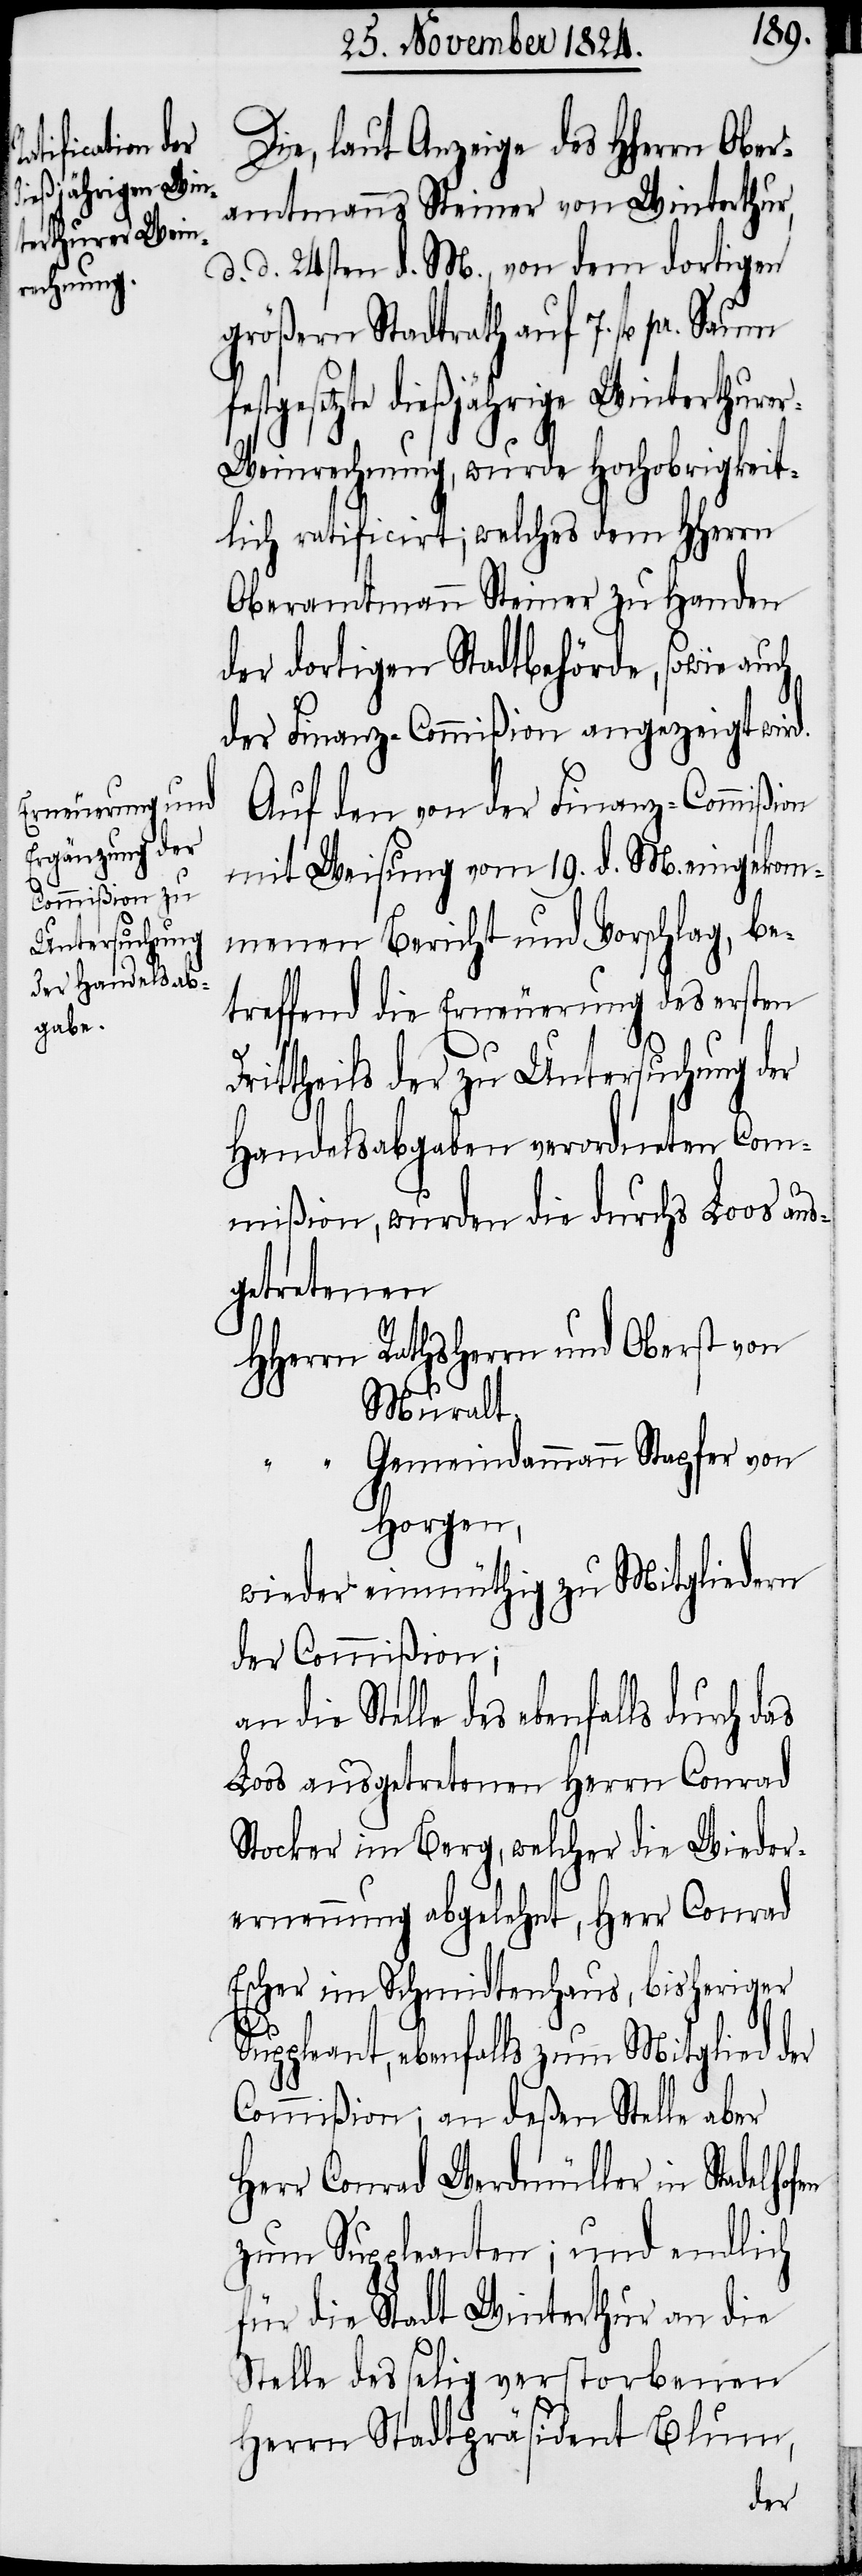
dießjährige Win¬
terthurer-W¬

Die, laut Anzeige des HHerrn Ober¬
amtmann Steiner von Winterthur,
d. d. 24sten d. M., von dem dortigen
größern Stadtrath auf 7. fl. pr.
einrechnung, wurde Hochobrigkeit¬
lich ratificirt; welches dem HHerrn
Oberamtmann Steiner zu Handen
der dortigen Stadtbehörde, sowie auch
der Finanz-Commißion angezeigt wir¬
Auf den von der Finanz-Commißion
mit Weisung vom 19. d. M. eingekom¬
menen Bericht und Vorschlag, be¬
treffend die Erneuerung des ersten
Drittheils der zu Untersuchung der
Handelsabgaben verordneten Com¬
d.
mißion, wurden die durchs Loos aus¬
getretenen
HHerrn Rathsherrn und Oberst von
Muralt.
“ Gemeindammann Stapfer von
Horgen,
wieder einmüthig zu Mitgliedern
der Commißion;
des ebenfalls durch das
Loos ausgetretenen Herrn Conrad
Stocker im Berg, welcher die Wieder¬
ernennung abgelehnt, Herr Conrad
Escher im Schmidtenhaus, bisheriger
Suppleant, ebenfalls zum Mitglied der
Commißion; an deßen Stelle aber
Herr Conrad Werdmüller in Stadelho¬
zum Suppleanten; und endlich
für die Stadt Winterthur an die
Stelle des selig verstorbenen
Herrn Stadtpräsident Blum,
fen